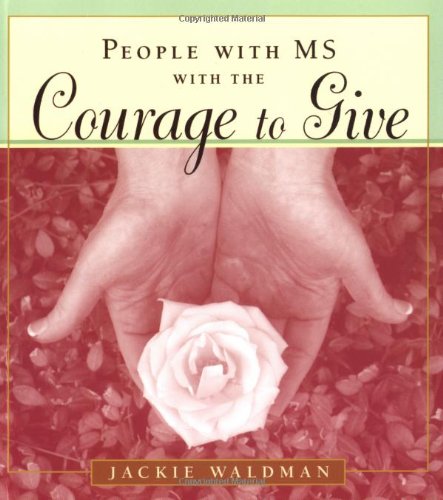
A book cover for People With MS With the Courage to Give; Jackie Waldman; Health, Fitness & Dieting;